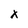
Character: x